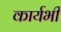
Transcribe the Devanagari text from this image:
कार्यभी